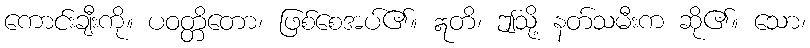
ကောင်းချီးကို။ ပဝတ္တိတော၊ ဖြစ်စေအပ်၏။ ဣတိ၊ ဤသို့ နတ်သမီးက ဆို၏။ သော၊